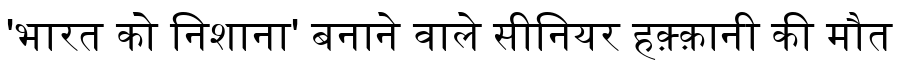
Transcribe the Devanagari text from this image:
'भारत को निशाना' बनाने वाले सीनियर हक़्क़ानी की मौत